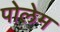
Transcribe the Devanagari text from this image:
पोलेम